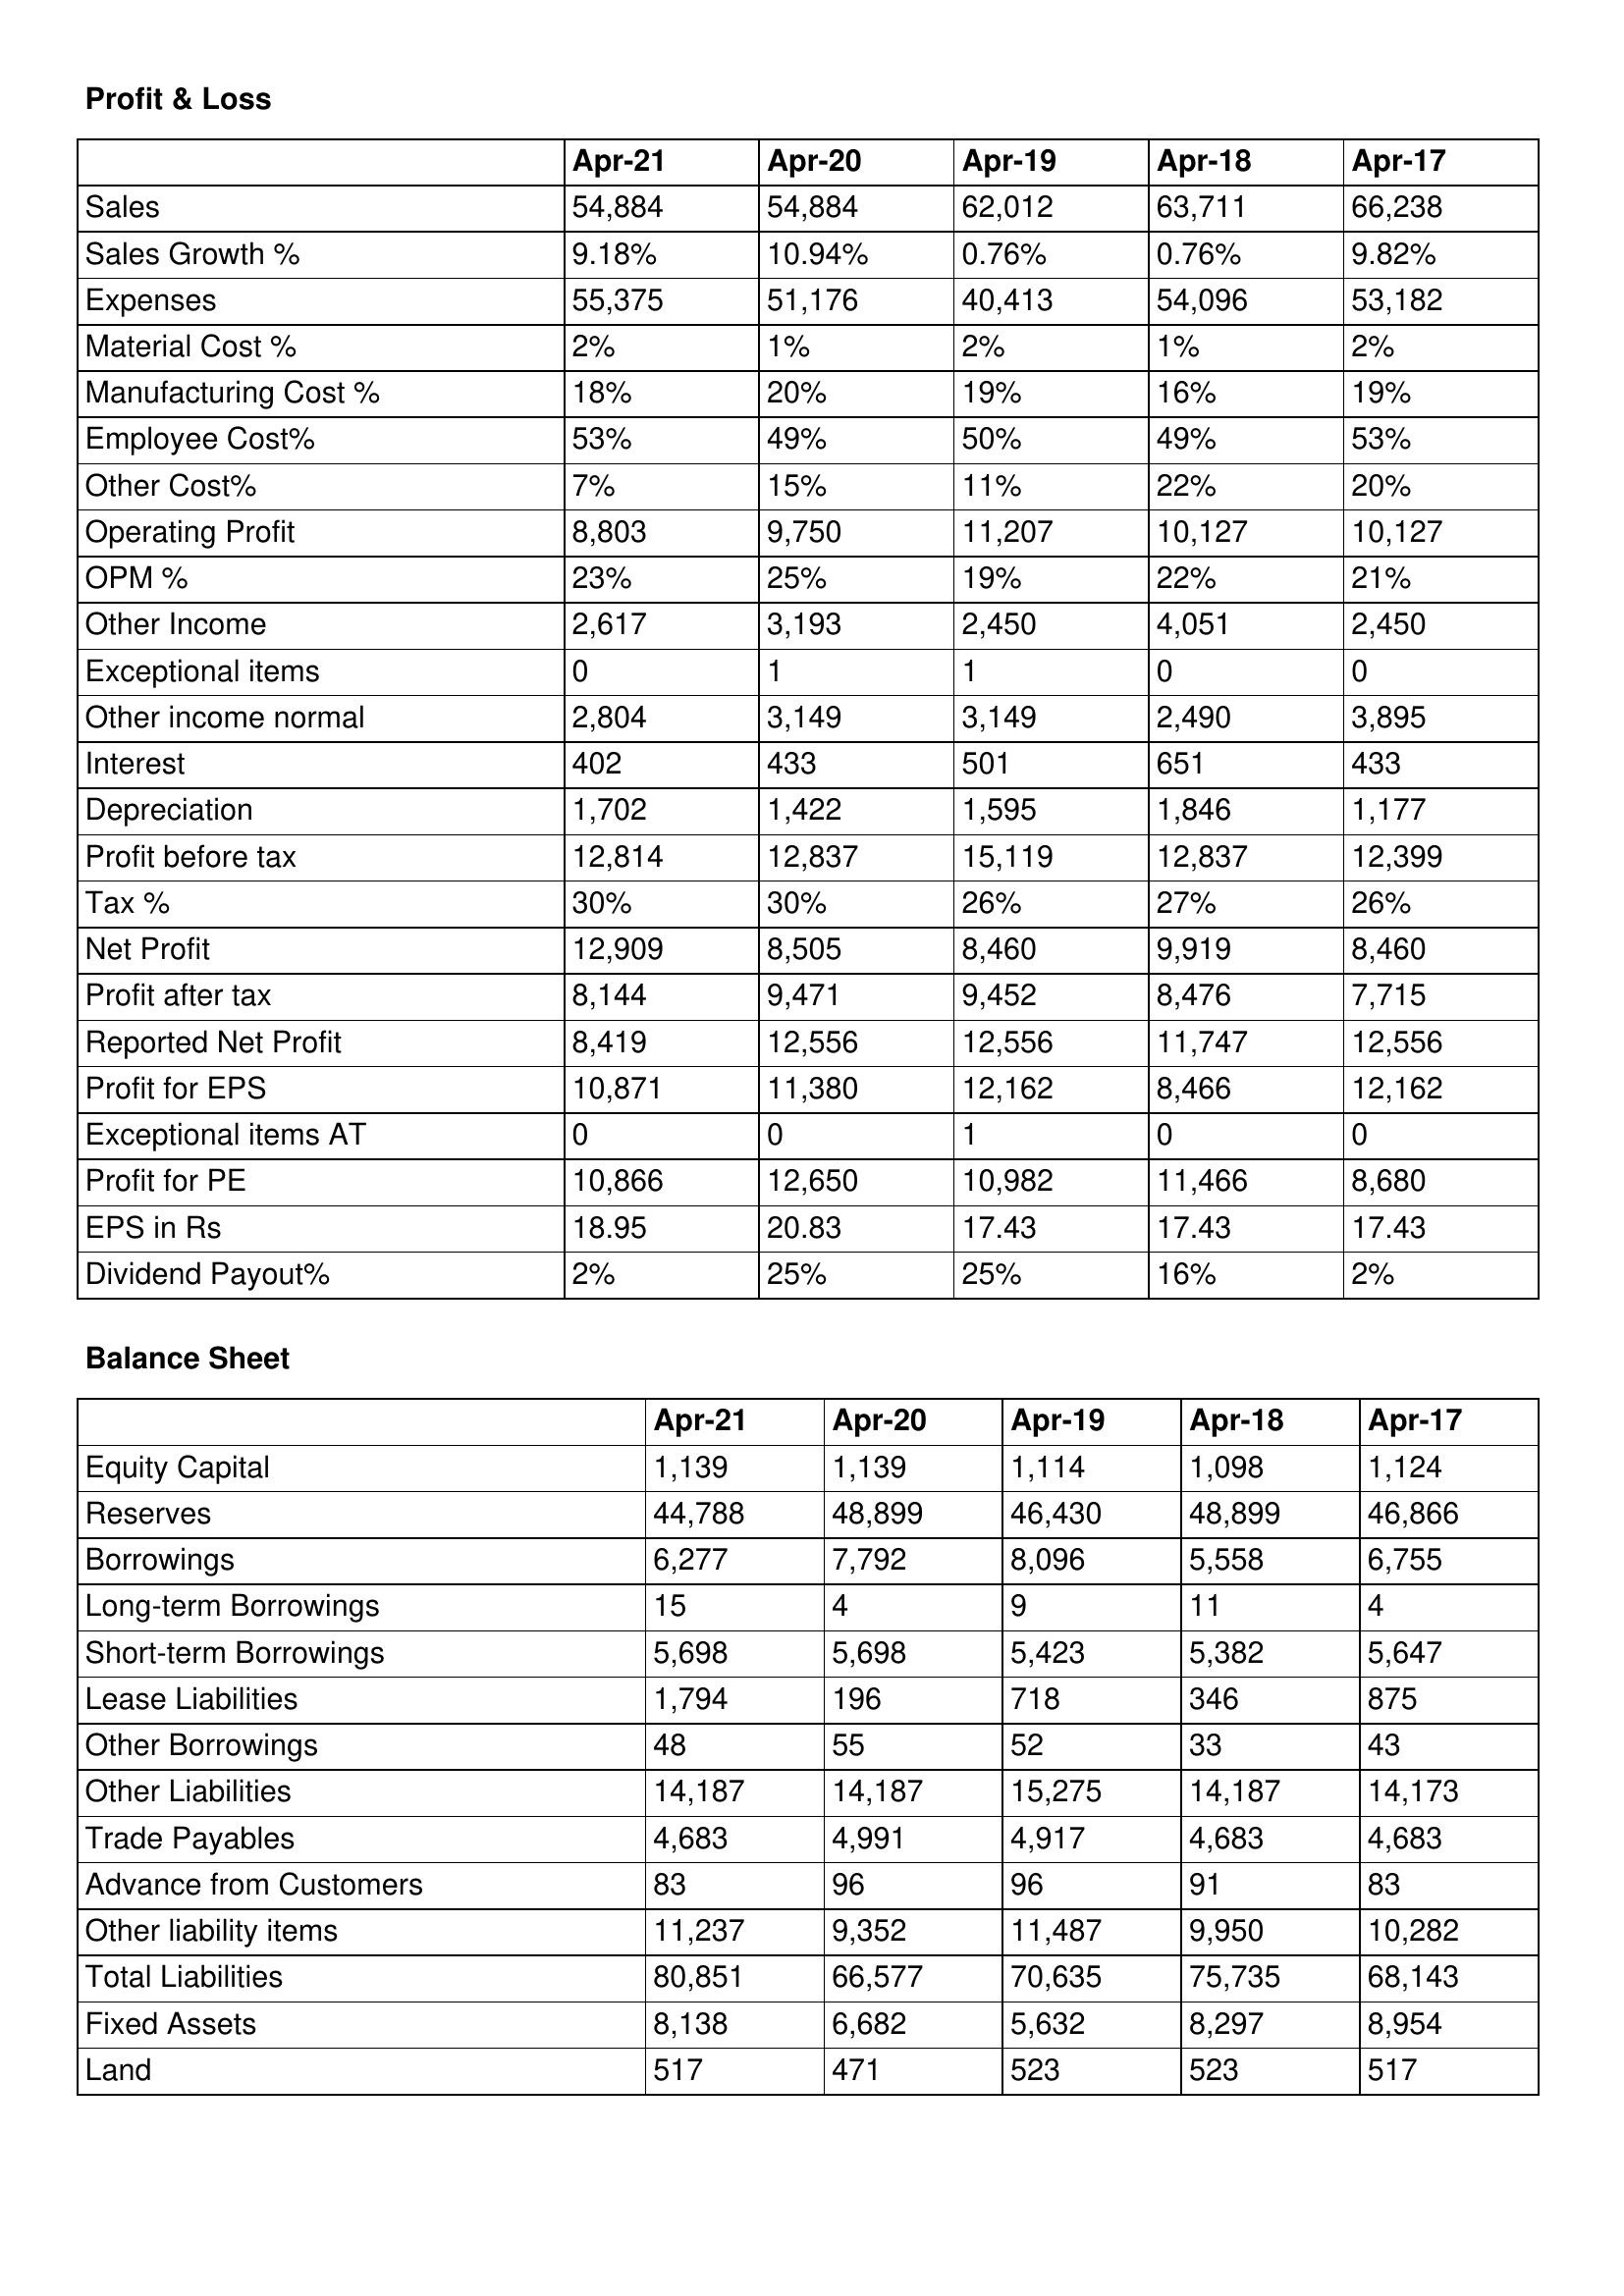
gt_parse: Apr-21: Profit & Loss: Sales: 54,884
Sales Growth %: 9.18%
Expenses: 55,375
Material Cost %: 2%
Manufacturing Cost %: 18%
Employee Cost%: 53%
Other Cost%: 7%
Operating Profit: 8,803
OPM %: 23%
Other Income: 2,617
Exceptional items: 0
Other income normal: 2,804
Interest: 402
Depreciation: 1,702
Profit before tax: 12,814
Tax %: 30%
Net Profit: 12,909
Profit after tax: 8,144
Reported Net Profit: 8,419
Profit for EPS: 10,871
Exceptional items AT: 0
Profit for PE: 10,866
EPS in Rs: 18.95
Dividend Payout%: 2%
Balance Sheet: Equity Capital: 1,139
Reserves: 44,788
Borrowings: 6,277
Long-term Borrowings: 15
Short-term Borrowings: 5,698
Lease Liabilities: 1,794
Other Borrowings: 48
Other Liabilities: 14,187
Trade Payables: 4,683
Advance from Customers: 83
Other liability items: 11,237
Total Liabilities: 80,851
Fixed Assets: 8,138
Land: 517
Apr-20: Profit & Loss: Sales: 54,884
Sales Growth %: 10.94%
Expenses: 51,176
Material Cost %: 1%
Manufacturing Cost %: 20%
Employee Cost%: 49%
Other Cost%: 15%
Operating Profit: 9,750
OPM %: 25%
Other Income: 3,193
Exceptional items: 1
Other income normal: 3,149
Interest: 433
Depreciation: 1,422
Profit before tax: 12,837
Tax %: 30%
Net Profit: 8,505
Profit after tax: 9,471
Reported Net Profit: 12,556
Profit for EPS: 11,380
Exceptional items AT: 0
Profit for PE: 12,650
EPS in Rs: 20.83
Dividend Payout%: 25%
Balance Sheet: Equity Capital: 1,139
Reserves: 48,899
Borrowings: 7,792
Long-term Borrowings: 4
Short-term Borrowings: 5,698
Lease Liabilities: 196
Other Borrowings: 55
Other Liabilities: 14,187
Trade Payables: 4,991
Advance from Customers: 96
Other liability items: 9,352
Total Liabilities: 66,577
Fixed Assets: 6,682
Land: 471
Apr-19: Profit & Loss: Sales: 62,012
Sales Growth %: 0.76%
Expenses: 40,413
Material Cost %: 2%
Manufacturing Cost %: 19%
Employee Cost%: 50%
Other Cost%: 11%
Operating Profit: 11,207
OPM %: 19%
Other Income: 2,450
Exceptional items: 1
Other income normal: 3,149
Interest: 501
Depreciation: 1,595
Profit before tax: 15,119
Tax %: 26%
Net Profit: 8,460
Profit after tax: 9,452
Reported Net Profit: 12,556
Profit for EPS: 12,162
Exceptional items AT: 1
Profit for PE: 10,982
EPS in Rs: 17.43
Dividend Payout%: 25%
Balance Sheet: Equity Capital: 1,114
Reserves: 46,430
Borrowings: 8,096
Long-term Borrowings: 9
Short-term Borrowings: 5,423
Lease Liabilities: 718
Other Borrowings: 52
Other Liabilities: 15,275
Trade Payables: 4,917
Advance from Customers: 96
Other liability items: 11,487
Total Liabilities: 70,635
Fixed Assets: 5,632
Land: 523
Apr-18: Profit & Loss: Sales: 63,711
Sales Growth %: 0.76%
Expenses: 54,096
Material Cost %: 1%
Manufacturing Cost %: 16%
Employee Cost%: 49%
Other Cost%: 22%
Operating Profit: 10,127
OPM %: 22%
Other Income: 4,051
Exceptional items: 0
Other income normal: 2,490
Interest: 651
Depreciation: 1,846
Profit before tax: 12,837
Tax %: 27%
Net Profit: 9,919
Profit after tax: 8,476
Reported Net Profit: 11,747
Profit for EPS: 8,466
Exceptional items AT: 0
Profit for PE: 11,466
EPS in Rs: 17.43
Dividend Payout%: 16%
Balance Sheet: Equity Capital: 1,098
Reserves: 48,899
Borrowings: 5,558
Long-term Borrowings: 11
Short-term Borrowings: 5,382
Lease Liabilities: 346
Other Borrowings: 33
Other Liabilities: 14,187
Trade Payables: 4,683
Advance from Customers: 91
Other liability items: 9,950
Total Liabilities: 75,735
Fixed Assets: 8,297
Land: 523
Apr-17: Profit & Loss: Sales: 66,238
Sales Growth %: 9.82%
Expenses: 53,182
Material Cost %: 2%
Manufacturing Cost %: 19%
Employee Cost%: 53%
Other Cost%: 20%
Operating Profit: 10,127
OPM %: 21%
Other Income: 2,450
Exceptional items: 0
Other income normal: 3,895
Interest: 433
Depreciation: 1,177
Profit before tax: 12,399
Tax %: 26%
Net Profit: 8,460
Profit after tax: 7,715
Reported Net Profit: 12,556
Profit for EPS: 12,162
Exceptional items AT: 0
Profit for PE: 8,680
EPS in Rs: 17.43
Dividend Payout%: 2%
Balance Sheet: Equity Capital: 1,124
Reserves: 46,866
Borrowings: 6,755
Long-term Borrowings: 4
Short-term Borrowings: 5,647
Lease Liabilities: 875
Other Borrowings: 43
Other Liabilities: 14,173
Trade Payables: 4,683
Advance from Customers: 83
Other liability items: 10,282
Total Liabilities: 68,143
Fixed Assets: 8,954
Land: 517